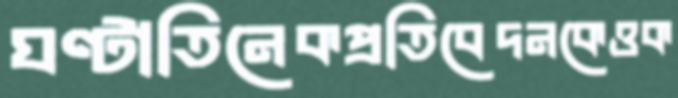
ঘণ্টাতিনেকপ্রতিবেদনকেওক